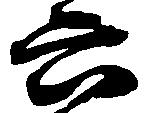
六